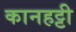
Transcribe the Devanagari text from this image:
कानहट्टी